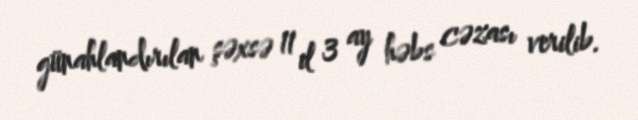
günahlandırılan şəxsə 11 il 3 ay həbs cəzası verilib.